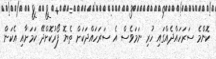
ކޮންމެ ސަރަހައްދެއްގައި ހުރި ނަމަވެސް އެ ސަރަަހައްދަކަށް ތެޔޮ ފޯރުކޮށްދޭ ކަމަށާއި އެކަން